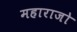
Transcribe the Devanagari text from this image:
महाराजो